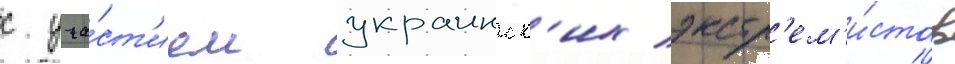
с уча́ст'ием украинск'их экстр'ем'и́стов